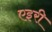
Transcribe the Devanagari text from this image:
एइरी